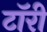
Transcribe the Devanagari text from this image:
टॉरी